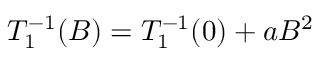
T _ { 1 } ^ { - 1 } ( B ) = T _ { 1 } ^ { - 1 } ( 0 ) + a B ^ { 2 }